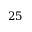
2 5